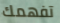
تفهمك